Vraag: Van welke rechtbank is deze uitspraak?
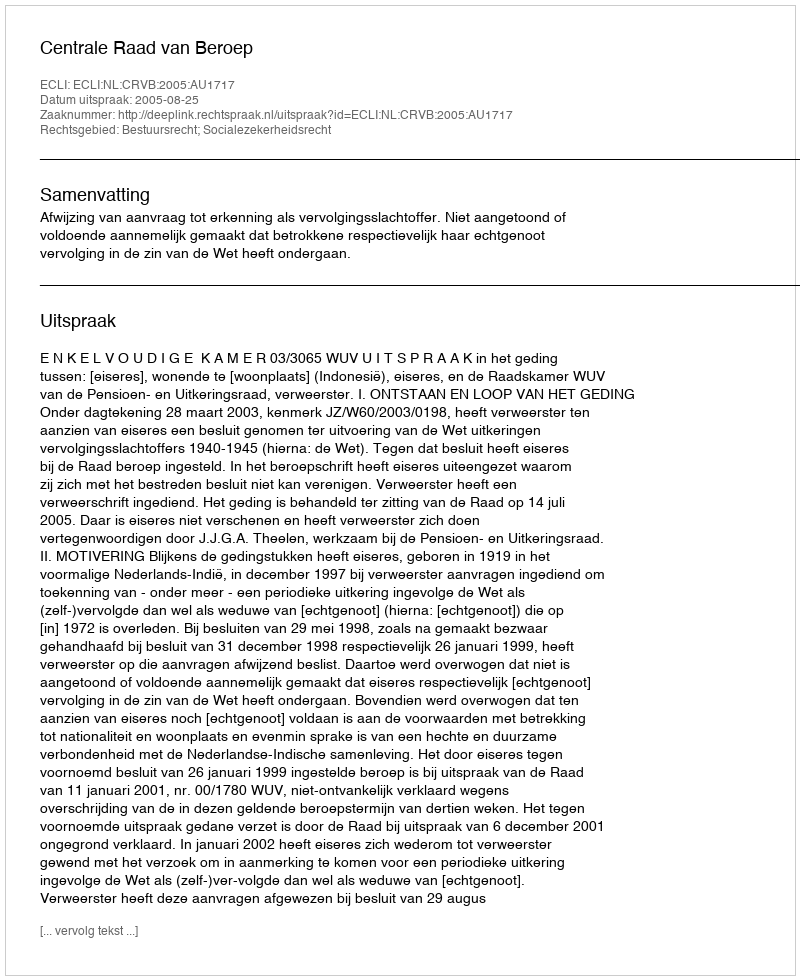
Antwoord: Centrale Raad van Beroep